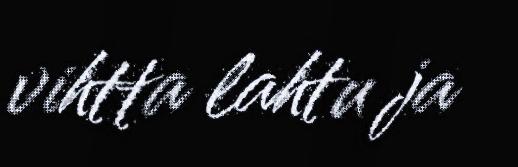
vihtta lahtu ja